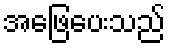
အဖြေပေးသည်